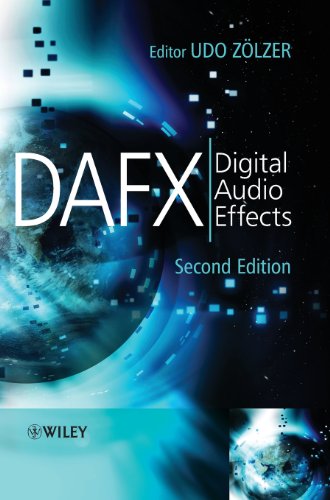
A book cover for DAFX: Digital Audio Effects; Computers & Technology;